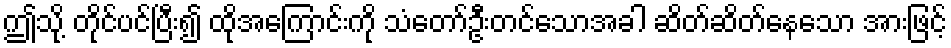
ဤသို့ တိုင်ပင်ပြီး၍ ထိုအကြောင်းကို သံတော်ဦးတင်သောအခါ ဆိတ်ဆိတ်နေသော အားဖြင့်